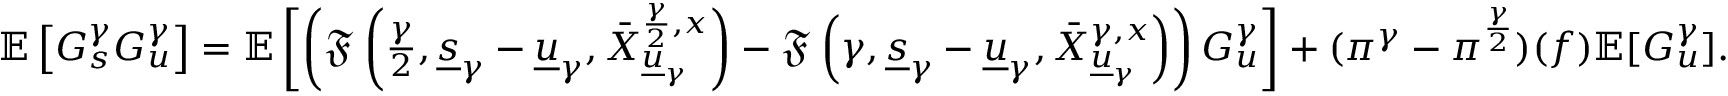
\begin{array} { r } { \mathbb { E } \left[ G _ { s } ^ { \gamma } G _ { u } ^ { \gamma } \right] = \mathbb { E } \left[ \left( \mathfrak { F } \left( \frac { \gamma } { 2 } , \underline { { s } } _ { \gamma } - \underline { { u } } _ { \gamma } , \bar { X } _ { \underline { { u } } _ { \gamma } } ^ { \frac { \gamma } { 2 } , x } \right) - \mathfrak { F } \left( { \gamma } , \underline { { s } } _ { \gamma } - \underline { { u } } _ { \gamma } , \bar { X } _ { \underline { { u } } _ { \gamma } } ^ { \gamma , x } \right) \right) G _ { u } ^ { \gamma } \right] + ( \pi ^ { \gamma } - \pi ^ { \frac { \gamma } { 2 } } ) ( f ) \mathbb { E } [ G _ { u } ^ { \gamma } ] . } \end{array}